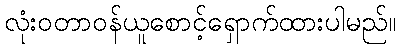
လုံးဝတာဝန်ယူစောင့်ရှောက်ထားပါမည်။